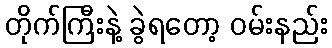
တိုက်ကြီးနဲ့ ခွဲရတော့ ဝမ်းနည်း